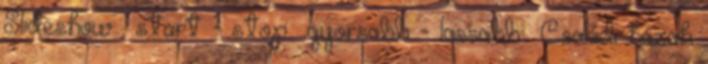
Slideshow: start - stop gyorsabb - lassabb Családi házak